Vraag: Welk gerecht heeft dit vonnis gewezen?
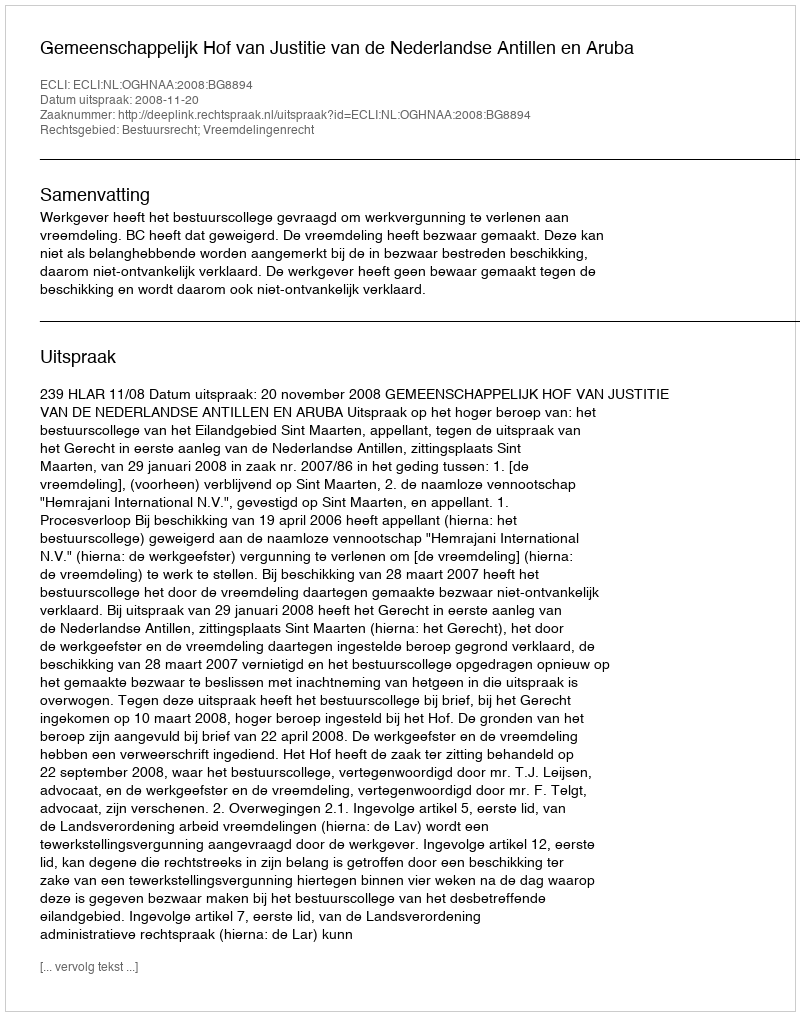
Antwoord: Gemeenschappelijk Hof van Justitie van de Nederlandse Antillen en Aruba